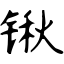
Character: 锹